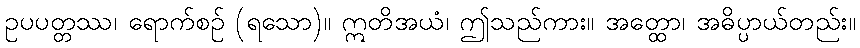
ဥပပတ္တဿ၊ ရောက်စဉ် (ရသော)။ ဣတိအယံ၊ ဤသည်ကား။ အတ္ထော၊ အဓိပ္ပာယ်တည်း။